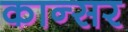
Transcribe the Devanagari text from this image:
कान्सर